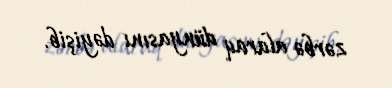
zərbə alaraq dünyasını dəyişib.